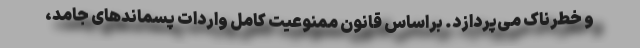
و خطرناک می‌پردازد. براساس قانون ممنوعیت کامل واردات پسماندهای جامد،